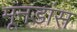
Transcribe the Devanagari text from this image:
मूनडांस